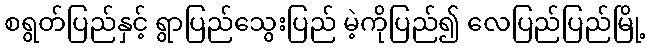
စရွတ်ပြည်နှင့် ရွာပြည်သွေးပြည် မဲ့ကိုပြည်၍ လေပြည်ပြည်မြို့